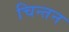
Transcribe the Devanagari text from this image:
चिन्‍तन